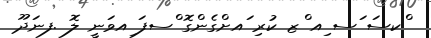
ްކސަ ަސ ިއ ްޒ ކުރި ައށްގެންގޮ ްސފަ ިއވަނީ ލޮ .ފނަދޫ